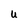
Character: U